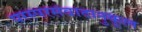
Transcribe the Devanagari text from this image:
परस्परसंवादानुकूल